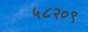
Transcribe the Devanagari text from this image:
५८२०९